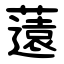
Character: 薳